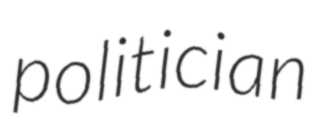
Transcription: politician